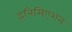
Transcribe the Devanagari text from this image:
इनिसिएशन